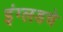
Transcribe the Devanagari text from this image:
इंग्लडचे